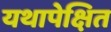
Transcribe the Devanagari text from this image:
यथापेक्षित